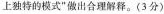
上独特的模式”做出合理解释。(3分)